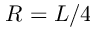
R = L / 4